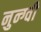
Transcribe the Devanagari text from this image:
नुन्ग्वी